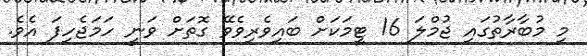
މި މުބާރާތުގައި ޖުމްލަ 16 ޓީމަކަށް ބައިވެރިވެވޭ ގޮތަށް ވަނީ ހަމަޖެހިފަ އެވެ.